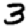
Digit: 3